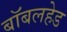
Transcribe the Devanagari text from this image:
बॉबलहेड